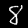
Label: 8